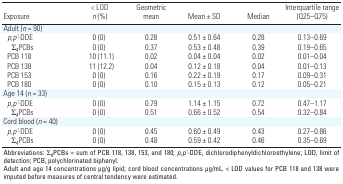
<table><thead><tr><td><b>Exposure</b></td><td><b>&lt; LOD <i>n</i> (%)</b></td><td><b>Geometric mean</b></td><td><b>Mean ± SD</b></td><td><b>Median</b></td><td><b>Interquartile range (Q25–Q75)</b></td></tr></thead><tbody><tr><td><b>Adult (<i>n </i>= 90)</b></td></tr><tr><td><b><i>p,p ́</i>-DDE</b></td><td>0 (0)</td><td>0.28</td><td>0.51 ± 0.64</td><td>0.28</td><td>0.13–0.69</td></tr><tr><td><b>Σ<sub>4</sub>PCBs </b></td><td>0 (0)</td><td>0.37</td><td>0.53 ± 0.48</td><td>0.39</td><td>0.19–0.65</td></tr><tr><td><b>PCB 118</b></td><td>10 (11.1)</td><td>0.02</td><td>0.04 ± 0.04</td><td>0.02</td><td>0.01–0.04</td></tr><tr><td><b>PCB 138</b></td><td>11 (12.2)</td><td>0.04</td><td>0.12 ± 0.18</td><td>0.04</td><td>0.01–0.13</td></tr><tr><td><b>PCB 153</b></td><td>0 (0)</td><td>0.16</td><td>0.22 ± 0.19</td><td>0.17</td><td>0.09–0.31</td></tr><tr><td><b>PCB 180</b></td><td>0 (0)</td><td>0.10</td><td>0.15 ± 0.13</td><td>0.12</td><td>0.05–0.21</td></tr><tr><td><b>Age 14 (<i>n </i>= 33)</b></td></tr><tr><td><b><i>p,p ́</i>-DDE</b></td><td>0 (0)</td><td>0.79</td><td>1.14 ± 1.15</td><td>0.72</td><td>0.47–1.17</td></tr><tr><td><b>Σ<sub>4</sub>PCBs</b></td><td>0 (0)</td><td>0.51</td><td>0.66 ± 0.52</td><td>0.54</td><td>0.32–0.84</td></tr><tr><td><b>Cord blood (<i>n </i>= 40)</b></td></tr><tr><td><b><i>p,p’</i>-DDE</b></td><td>0 (0)</td><td>0.45</td><td>0.60 ± 0.49</td><td>0.43</td><td>0.27–0.86</td></tr><tr><td><b>Σ<sub>4</sub>PCBs</b></td><td>0 (0)</td><td>0.48</td><td>0.59 ± 0.42</td><td>0.46</td><td>0.35–0.69</td></tr><tr><td colspan="6">Abbreviations: Σ<sub>4</sub>PCBs = sum of PCB 118, 138, 153, and 180; <i>p</i>,<i>p</i><i> ́</i>-DDE, dichlorodiphenyldichloroethylene; LOD, limit of detection; PCB, polychlorinated biphenyl. Adult and age 14 concentrations μg/g lipid; cord blood concentrations μg/mL. &lt; LOD values for PCB 118 and 138 were imputed before measures of central tendency were estimated.</td></tr></tbody></table>